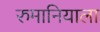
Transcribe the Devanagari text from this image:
रुमानियाला